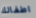
اطفالك